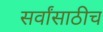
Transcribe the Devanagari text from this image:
सर्वांसाठीच